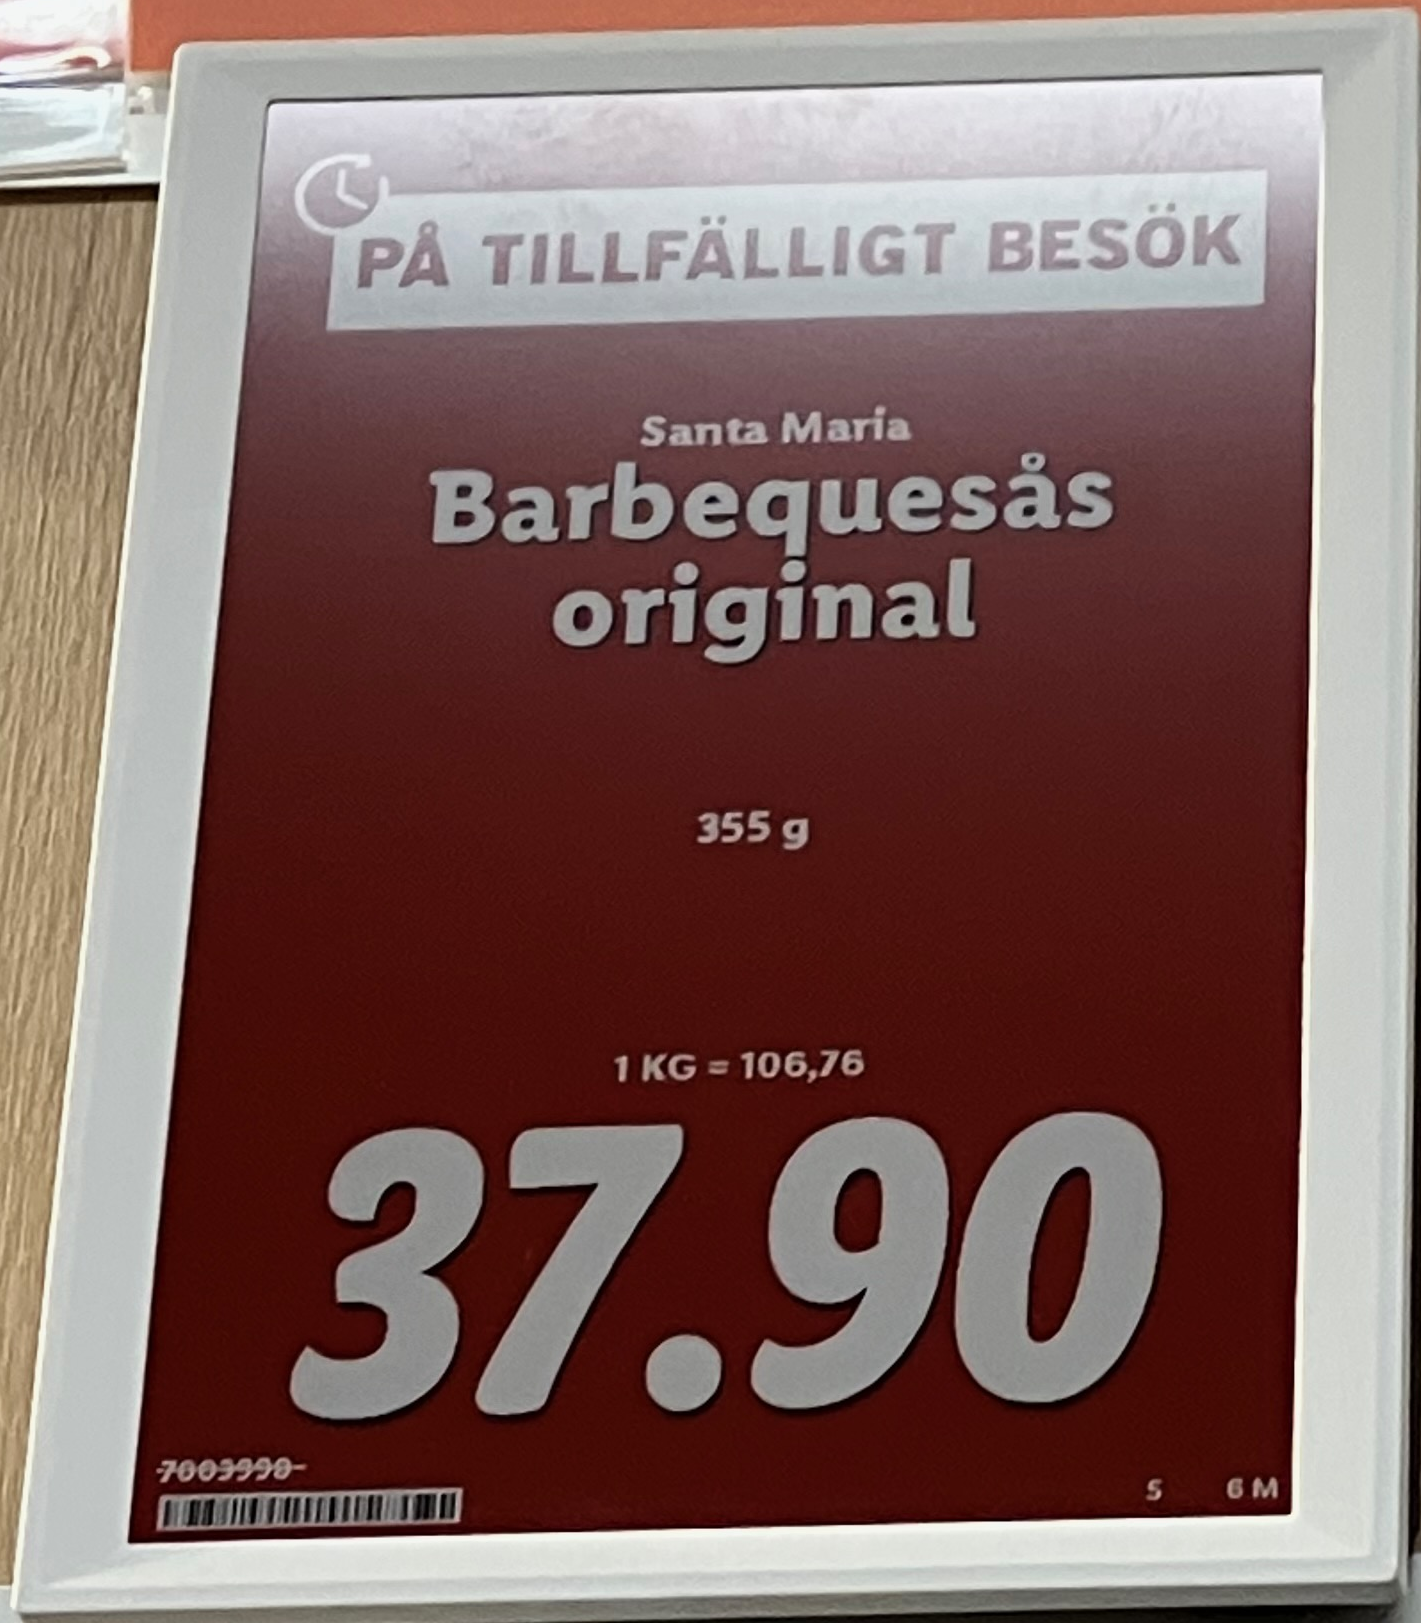
Vara: Barbequesås original
Genomsnittspris: 106.76 per kg